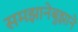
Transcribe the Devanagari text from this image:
समझानेबुझाने